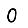
Digit: 0